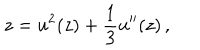
LaTeX: z = u ^ { 2 } ( z ) + { \frac { 1 } { 3 } } u ^ { \prime \prime } ( z ) \, ,